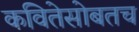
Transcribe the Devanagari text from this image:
कवितेसोबतच